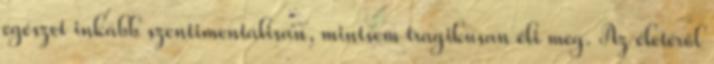
egészet inkább szentimentálisan, mintsem tragikusan éli meg. Az életéről